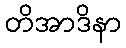
တိအာဒိနာ